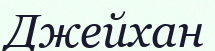
Джейхан